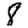
Digit: 8